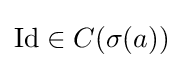
\operatorname {Id} \in C(\sigma (a))